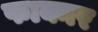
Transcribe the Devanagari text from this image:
फाक्नर